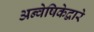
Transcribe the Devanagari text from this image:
अन्वेषिकेद्वारे